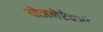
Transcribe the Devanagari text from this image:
योजनेऐवजी